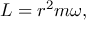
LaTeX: L = r ^ { 2 } m \omega ,